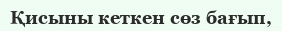
Қисыны кеткен сөз бағып,